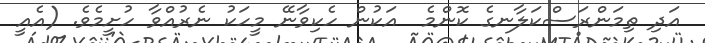
އަދި ތިމަންރަސްކަލާނގެ ކޮންމެ  އަކުން ހެކިވާނޭ މީހަކު ނެރުއްވާ ހުށީމެވެ. (އެއީ